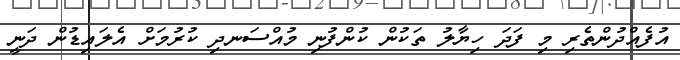
އުފެއްދުންތެރި މި ފަދަ ހިޔާލު ތަކުން ކުންފުނި މުއްސަނދި ކުރުމަށް އެލައިޑުން ދަނީ